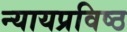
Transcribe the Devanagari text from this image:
न्यायप्रविष्ठ